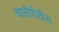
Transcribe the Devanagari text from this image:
चालीरीतीस